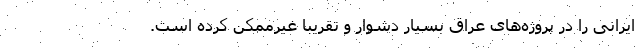
ایرانی را در پروژه‌های عراق بسیار دشوار و تقریباً غیرممکن کرده است.